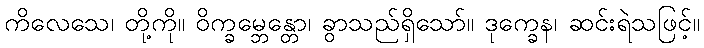
ကိလေသေ၊ တို့ကို။ ဝိက္ခမ္ဘေန္တော၊ ခွာသည်ရှိသော်။ ဒုက္ခေန၊ ဆင်းရဲသဖြင့်။